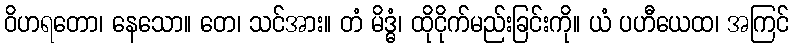
ဝိဟရတော၊ နေသော။ တေ၊ သင်အား။ တံ မိဒ္ဓံ၊ ထိုငိုက်မည်းခြင်းကို။ ယံ ပဟီယေထ၊ အကြင်